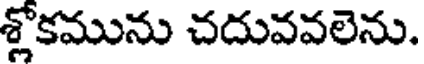
శ్లోకమును చదువవలెను.